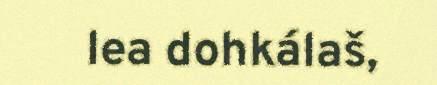
lea dohkálaš,